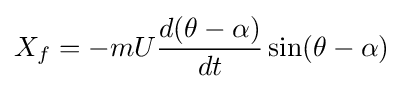
X_{f}=-mU{\frac {d(\theta -\alpha )}{dt}}\sin(\theta -\alpha )